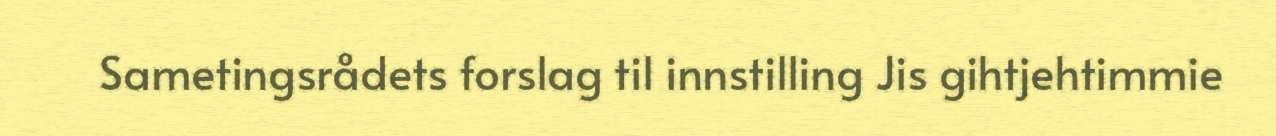
Sametingsrådets forslag til innstilling Jis gihtjehtimmie